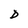
Character: D